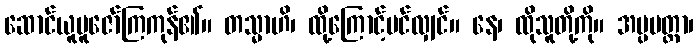
ဆောင်ယူပူဇော်ကြကုန်၏။ တသ္မာဟိ၊ ထို့ကြောင့်ပင်လျှင်။ နေ၊ ထိုသူတို့ကို။ အပ္ပမတ္တာ၊